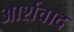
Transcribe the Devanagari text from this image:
आर्शवाद